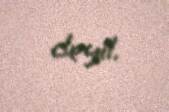
deyil.